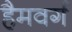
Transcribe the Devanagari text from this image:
हैमवर्ग